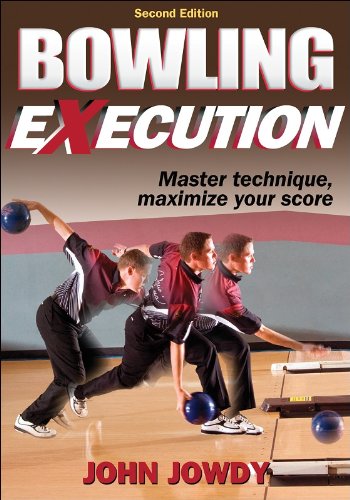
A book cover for Bowling Execution - 2nd Edition; John Jowdy; Sports & Outdoors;